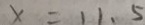
x = 1 1 . 5